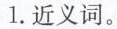
1.近义词。